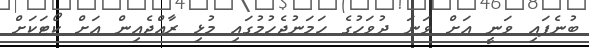
ބުނެފައި ވަނީ އަށް ވަނަ ދުވަހުގެ ހަމަނުޖެހުމުގައި މުޅި ރާއްޖެއިން އަށް ކޯޓަކަށް